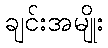
ချင်းအမျိုး